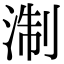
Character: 淛